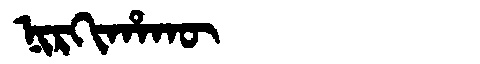
Manchu: ᠨᡳᡵᡴᡳᡥᠠᡴᡡ
Romanization: NIRKIHAKŪ